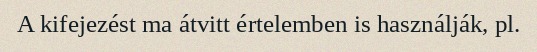
A kifejezést ma átvitt értelemben is használják, pl.